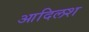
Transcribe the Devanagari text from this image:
आदिलश